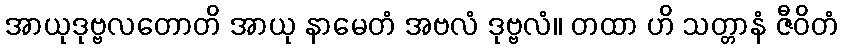
အာယုဒုဗ္ဗလတောတိ အာယု နာမေတံ အဗလံ ဒုဗ္ဗလံ။ တထာ ဟိ သတ္တာနံ ဇီဝိတံ